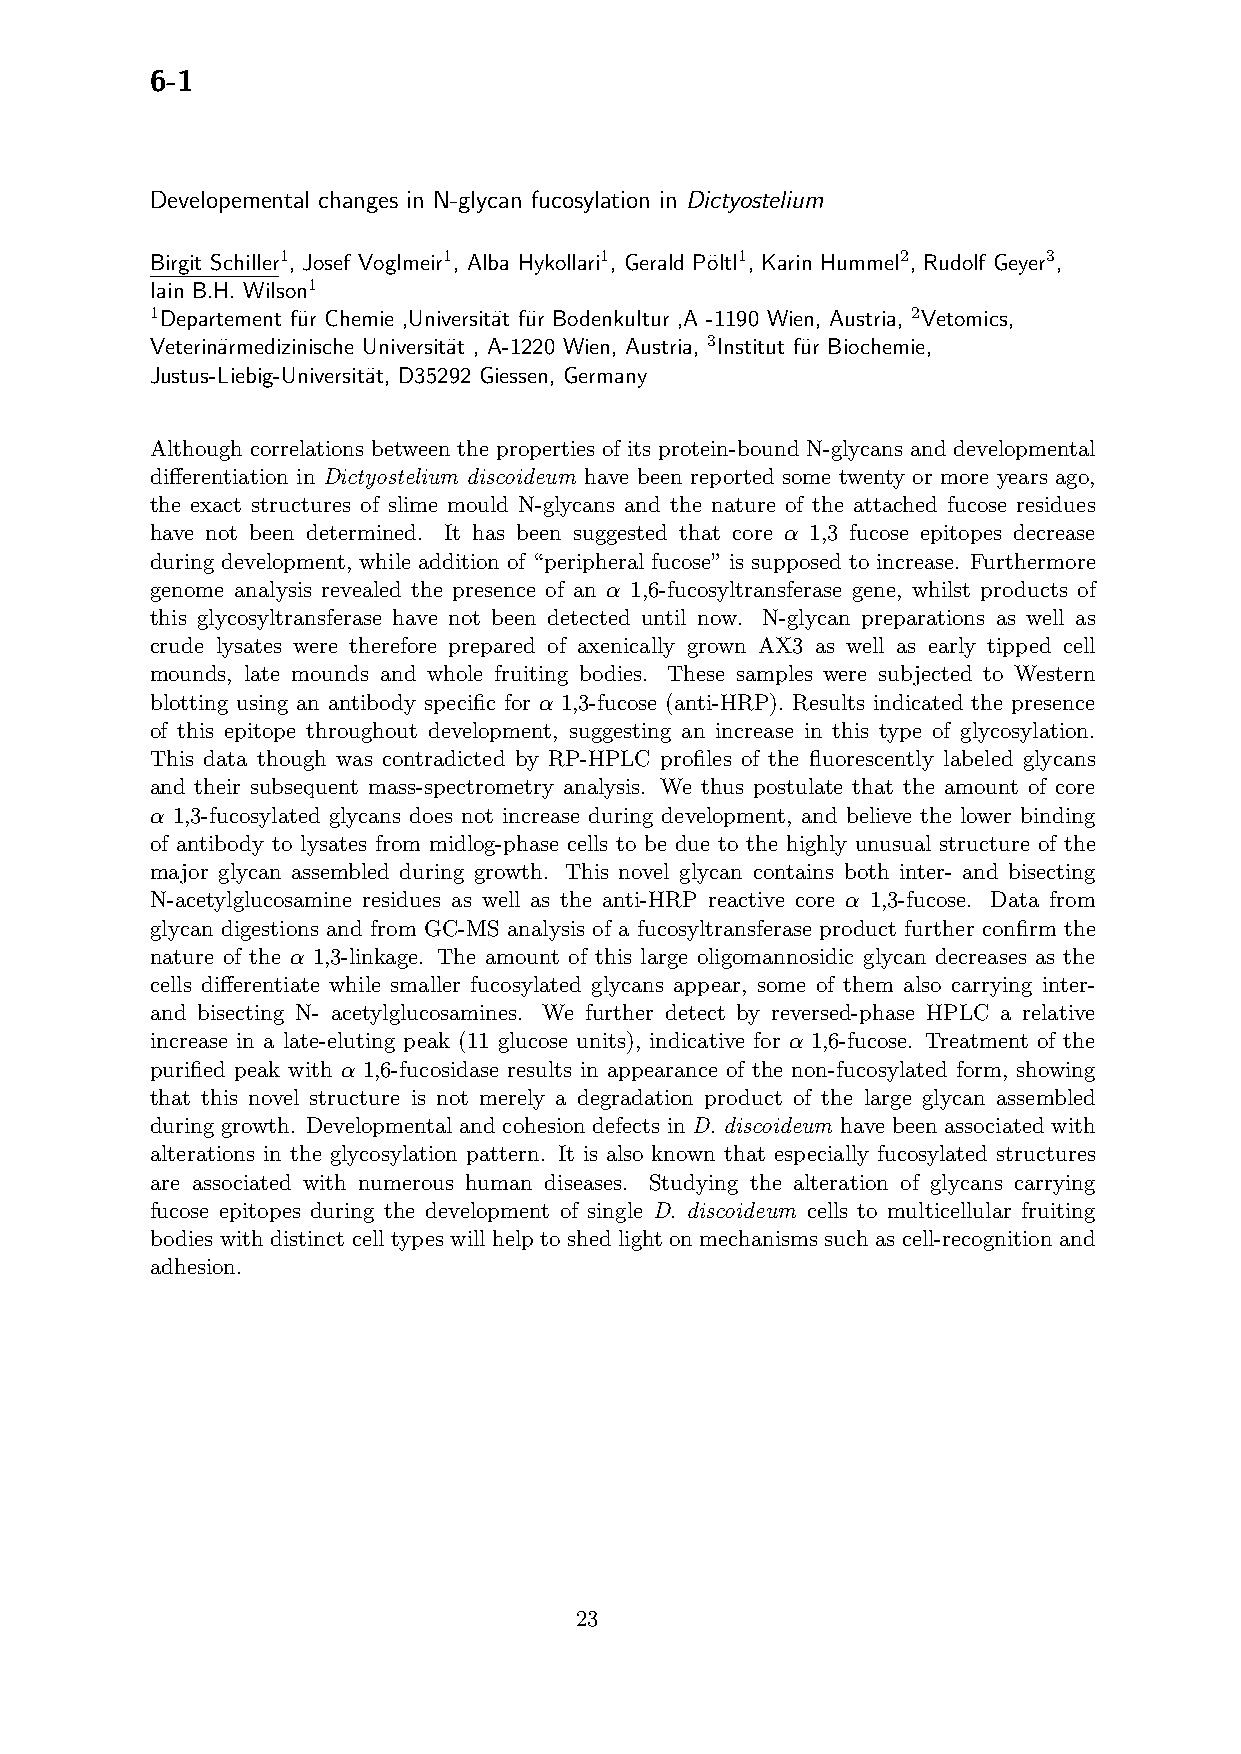
6-1
 Developemental changes in N-glycan fucosylation in Dictyostelium
 Birgit Schiller1, Josef Voglmeir1, Alba Hykollari1, Gerald P¨oltl1, Karin Hummel2, Rudolf Geyer3,
 Iain B.H. Wilson1
 1Departement fu¨r Chemie ,Universit¨at fu¨r Bodenkultur ,A -1190 Wien, Austria, 2Vetomics,
 Veterin¨armedizinische Universit¨at , A-1220 Wien, Austria, 3Institut fu¨r Biochemie,
 Justus-Liebig-Universit¨at, D35292 Giessen, Germany
 Although correlations between the properties of its protein-bound N-glycans and developmental
 differentiation in Dictyostelium discoideum have been reported some twenty or more years ago,
 the exact structures of slime mould N-glycans and the nature of the attached fucose residues
 have not been determined. It has been suggested that core α 1,3 fucose epitopes decrease
 during development, while addition of “peripheral fucose” is supposed to increase. Furthermore
 genome analysis revealed the presence of an α 1,6-fucosyltransferase gene, whilst products of
 this glycosyltransferase have not been detected until now. N-glycan preparations as well as
 crude lysates were therefore prepared of axenically grown AX3 as well as early tipped cell
 mounds, late mounds and whole fruiting bodies. These samples were subjected to Western
 blotting using an antibody specific for α 1,3-fucose (anti-HRP). Results indicated the presence
 of this epitope throughout development, suggesting an increase in this type of glycosylation.
 This data though was contradicted by RP-HPLC profiles of the fluorescently labeled glycans
 and their subsequent mass-spectrometry analysis. We thus postulate that the amount of core
 α 1,3-fucosylated glycans does not increase during development, and believe the lower binding
 of antibody to lysates from midlog-phase cells to be due to the highly unusual structure of the
 major glycan assembled during growth. This novel glycan contains both inter- and bisecting
 N-acetylglucosamine residues as well as the anti-HRP reactive core α 1,3-fucose. Data from
 glycan digestions and from GC-MS analysis of a fucosyltransferase product further confirm the
 nature of the α 1,3-linkage. The amount of this large oligomannosidic glycan decreases as the
 cells differentiate while smaller fucosylated glycans appear, some of them also carrying inter-
 and bisecting N- acetylglucosamines. We further detect by reversed-phase HPLC a relative
 increase in a late-eluting peak (11 glucose units), indicative for α 1,6-fucose. Treatment of the
 purified peak with α 1,6-fucosidase results in appearance of the non-fucosylated form, showing
 that this novel structure is not merely a degradation product of the large glycan assembled
 during growth. Developmental and cohesion defects in D. discoideum have been associated with
 alterations in the glycosylation pattern. It is also known that especially fucosylated structures
 are associated with numerous human diseases. Studying the alteration of glycans carrying
 fucose epitopes during the development of single D. discoideum cells to multicellular fruiting
 bodies with distinct cell types will help to shed light on mechanisms such as cell-recognition and
 adhesion.
 23